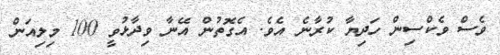
ވެސް ވެކްސިން ހަދިޔާ ކުރާނެ އެވެ. އެގޮތުން އޭނާ ވިދާޅުވީ 100 މިލިއަން